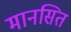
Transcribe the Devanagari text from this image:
मानसित